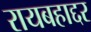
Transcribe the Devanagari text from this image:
रायबहाद्दर